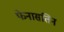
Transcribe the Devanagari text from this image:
फेनासतिन